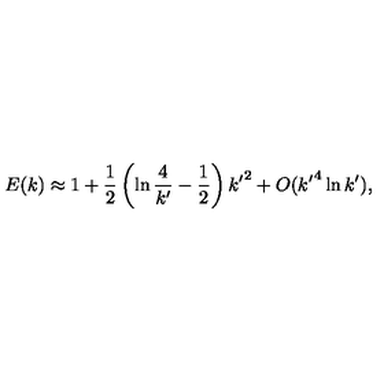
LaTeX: E ( k ) \approx 1 + \frac { 1 } { 2 } \left( \ln \frac { 4 } { { k ^ { \prime } } } - \frac { 1 } { 2 } \right) { k ^ { \prime } } ^ { 2 } + O ( { k ^ { \prime } } ^ { 4 } \ln { k ^ { \prime } } ) ,